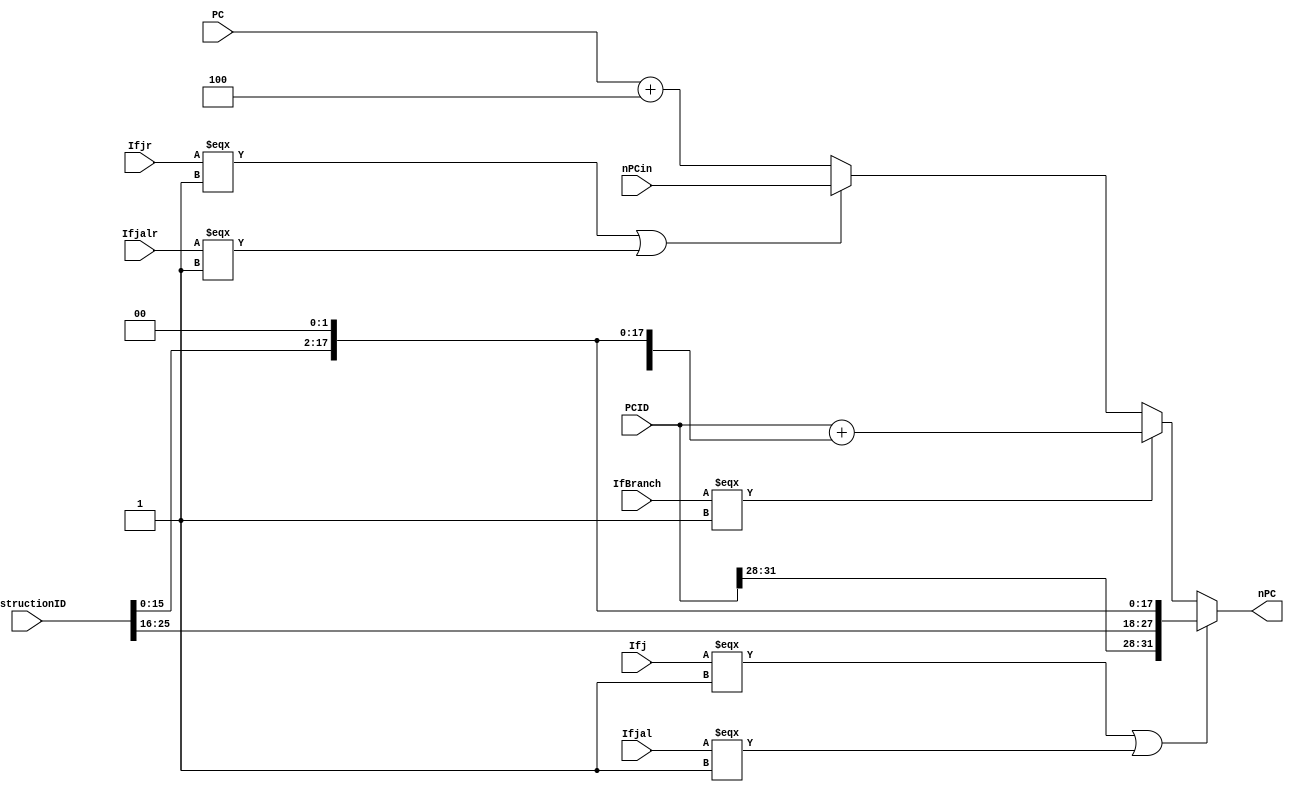
`timescale 1ns / 1ps
//////////////////////////////////////////////////////////////////////////////////
// Company: 
// Engineer: 
// 
// Design Name: 
// Module Name:    npc 
// Project Name: 
// Target Devices: 
// Tool versions: 
// Description: 
//
// Dependencies: 
//
// Revision: 
// Revision 0.01 - File Created
// Additional Comments: 
//
////////////////////////////////////////////////////////////////////////////////////(Ifbgtz === 1'b1 && (RData1[31] === 1'b0 && RData1 !== 0)) ? PCID + {InstructionID[15:0], 2'b00} : 
module NPC(
    input [31:0]PC,
	 input [31:0]PCID,
	 input [31:0]InstructionID,
	 	 
	 input Ifj,
	 input Ifjal,
	 input Ifjr,
	 input Ifjalr,
	 input [31:0]nPCin,
	 input IfBranch,
	 
	 output [31:0]nPC
	 );
	 
	 assign nPC = (Ifj === 1'b1 || Ifjal === 1) ? {PCID[31:28], InstructionID[25:0], 2'b00} : 
					  (IfBranch === 1) ? PCID + {{14{InstructionID[15]}},InstructionID[15:0], 2'b00} :
					  (Ifjr === 1 || Ifjalr === 1) ? nPCin : PC + 32'b100;
						
endmodule